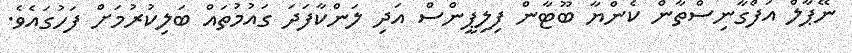
ނޭޕާލް އަފްގާނިސްތާން ކެންޔާ ބޫޓާން ފިލިޕީންސް އަދި ލަންކާފަދަ ގައުމުތައް ބަލިކުރުމަށް ފަހުގައެވެެ.